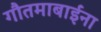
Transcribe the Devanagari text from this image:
गौतमाबाईंना